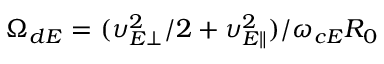
\Omega _ { d E } = ( \upsilon _ { E \perp } ^ { 2 } / 2 + \upsilon _ { E \parallel } ^ { 2 } ) / \omega _ { c E } R _ { 0 }